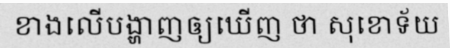
ខាងលើបង្ហាញឲ្យឃើញ ថា សុខោទ័យ